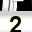
Digit: 2